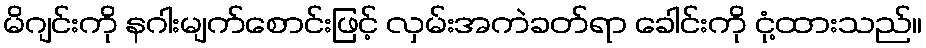
မိဂျင်းကို နဂါးမျက်စောင်းဖြင့် လှမ်းအကဲခတ်ရာ ခေါင်းကို ငုံ့ထားသည်။